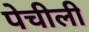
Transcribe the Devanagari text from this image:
पेचीली